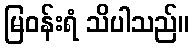
မြဝန်းရံ သိပါသည်။